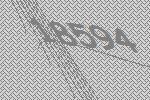
18594